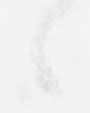
々